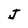
Character: J